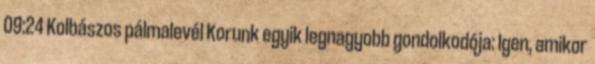
09:24 Kolbászos pálmalevél Korunk egyik legnagyobb gondolkodója: Igen, amikor